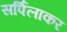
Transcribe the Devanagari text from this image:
सर्पिलाकर